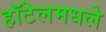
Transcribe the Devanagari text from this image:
हॉटेलमधले